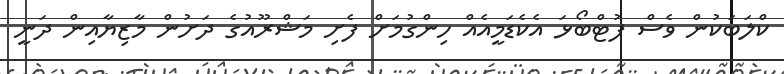
ކްލަބަކުން ވެސް ފުޓްބޯޅަ އެކެޑަމީއެއް ހިންގުމަށް ފެށި މަޝްރޫއުގެ ދަށުން މާޒިޔާއިން ދަނީ